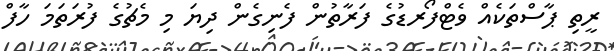
ރީތި ޕާސްތަކެއް ވެޓްފޯރޑުގެ ފަރާތުން ފެނިގެން ދިޔަ މި މެޗުގެ ފުރަތަމަ ހާފް